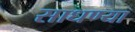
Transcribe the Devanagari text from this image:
साधण्या